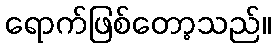
ရောက်ဖြစ်တော့သည်။